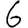
Digit: 6